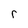
Character: r